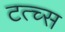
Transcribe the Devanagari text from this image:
टत्च्स